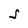
Character: S